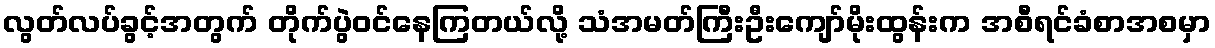
လွတ်လပ်ခွင့်အတွက် တိုက်ပွဲဝင်နေကြတယ်လို့ သံအမတ်ကြီးဦးကျော်မိုးထွန်းက အစီရင်ခံစာအစမှာ